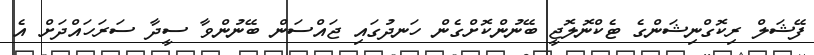
ފޭޝަލް ރިކޮގްނިޝަންގެ ޓެކްނޮލޮޖީ ބޭނުންކޮށްގެން ހަނދުގައި ޖައްސަން ބޭނުންވާ ސީދާ ސަރަހައްދަށް އެ